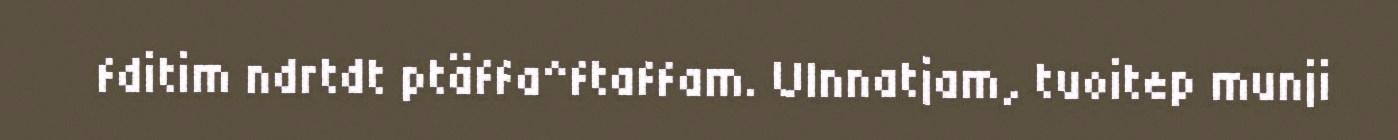
fditim ndrtdt ptäffa^ftaffam. UInnatjam, tuoitep munji